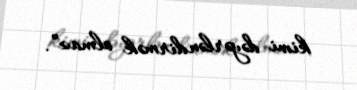
kimi dəyərləndirmək olmaz”.